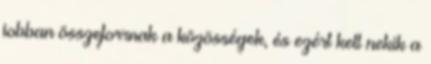
jobban összeforrnak a közösségek, és ezért kell nekik a